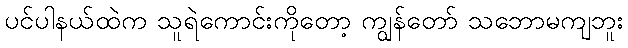
ပင်ပါနယ်ထဲက သူရဲကောင်းကိုတော့ ကျွန်တော် သဘောမကျဘူး